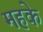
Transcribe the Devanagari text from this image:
महके